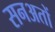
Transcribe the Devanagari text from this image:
सनअतों